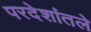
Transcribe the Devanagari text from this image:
परदेशांतले